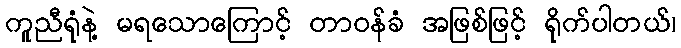
ကူညီရုံနဲ့ မရသောကြောင့် တာဝန်ခံ အဖြစ်ဖြင့် ရိုက်ပါတယ်၊